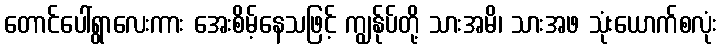
တောင်ပေါ်ရွာလေးကား အေးစိမ့်နေသဖြင့် ကျွန်ုပ်တို့ သားအမိ၊ သားအဖ သုံးယောက်စလုံး